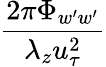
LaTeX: \frac{2\pi\Phi_{w^{\prime}w^{\prime}}}{\lambda_{z}u_{\tau}^{2}}